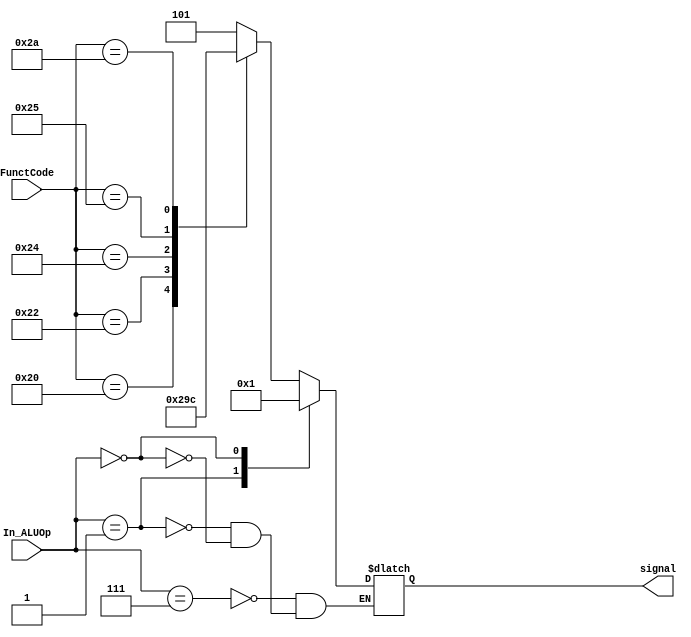
`timescale 1ns/1ns

module ALU_CTRL(

	input [5:0] FunctCode,
	input [2:0] In_ALUOp,

	output reg [2:0] signal
);

always @*
begin
	case (In_ALUOp)// Tipo (R, j, I)

		3'b111: // Tipo R

		case (FunctCode)// R -> Tipo Operacion

			6'b100000: signal <= 3'b000; // +
			6'b100010: signal <= 3'b001; // -
			6'b100100: signal <= 3'b010; // and
			6'b100101: signal <= 3'b011; // or
			6'b101010: signal <= 3'b100; // set less
			6'b000000: signal <= 3'b101; // nop
			default: signal <= 3'b101;   // nop

		endcase

		/*3'b101: out = 3'b000;//addi
                3'b100: out = 3'b101;//slti
                3'b011: out = 3'b100;//andi
                3'b010: out = 3'b011;//ori*/
                3'b001: signal <= 3'b000;//lw y sw
                3'b000: signal <= 3'b001;//beq antes 010

	endcase
end

endmodule